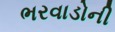
ભરવાડોની